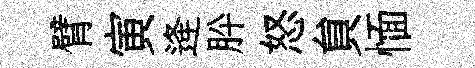
臂寅逄肸怒貟愐